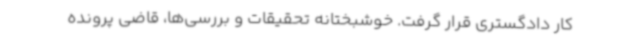
کار دادگستری قرار گرفت. خوشبختانه تحقیقات و بررسی‌ها، قاضی پرونده